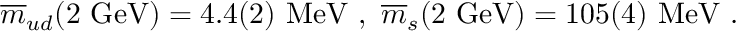
\overline { { { m } } } _ { u d } ( 2 ~ \mathrm { G e V } ) = 4 . 4 ( 2 ) ~ \mathrm { M e V } ~ , ~ \overline { { { m } } } _ { s } ( 2 ~ \mathrm { G e V } ) = 1 0 5 ( 4 ) ~ \mathrm { M e V } ~ .